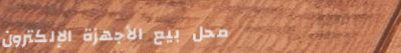
محل بيع الأجهزة الإلكترون